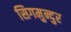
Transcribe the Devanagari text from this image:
सिगमुन्दुर